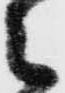
之